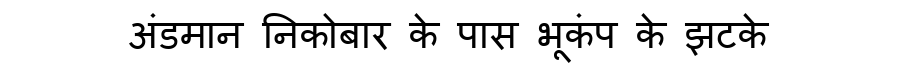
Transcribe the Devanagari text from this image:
अंडमान निकोबार के पास भूकंप के झटके